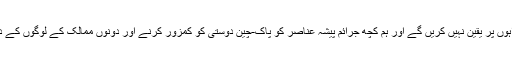
بیان میں کہا گیا کہ ہمیں امید ہے کہ چین اور پاکستان کے عوام افواہوں پر یقین نہیں کریں گے اور ہم کچھ جرائم پیشہ عناصر کو پاک-چین دوستی کو کمزور کرنے اور دونوں ممالک کے لوگوں کے درمیان دوستانہ جذبے کو نقصان پہنچانے کی اجازت نہیں دیں گے۔